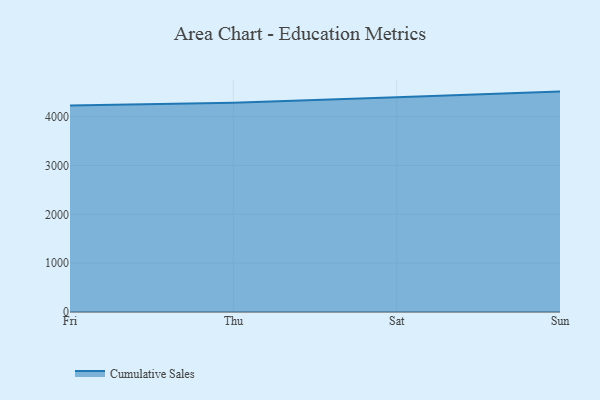
{"axis": {"x": "Day", "y": "Waste Production (Tons)"}, "legend": ["Cumulative Sales"], "data": [{"x": "Fri", "y": 4227.9, "type": "Cumulative Sales"}, {"x": "Thu", "y": 4283.5, "type": "Cumulative Sales"}, {"x": "Sat", "y": 4395.2, "type": "Cumulative Sales"}, {"x": "Sun", "y": 4511.7, "type": "Cumulative Sales"}]}